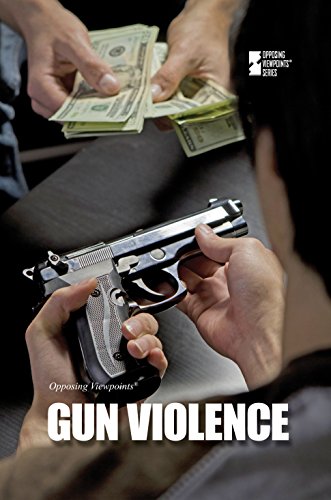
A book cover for Gun Violence (Opposing Viewpoints); Noel Merino; Teen & Young Adult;